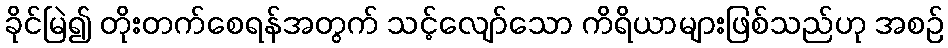
ခိုင်မြဲ၍ တိုးတက်စေရန်အတွက် သင့်လျော်သော ကိရိယာများဖြစ်သည်ဟု အစဉ်